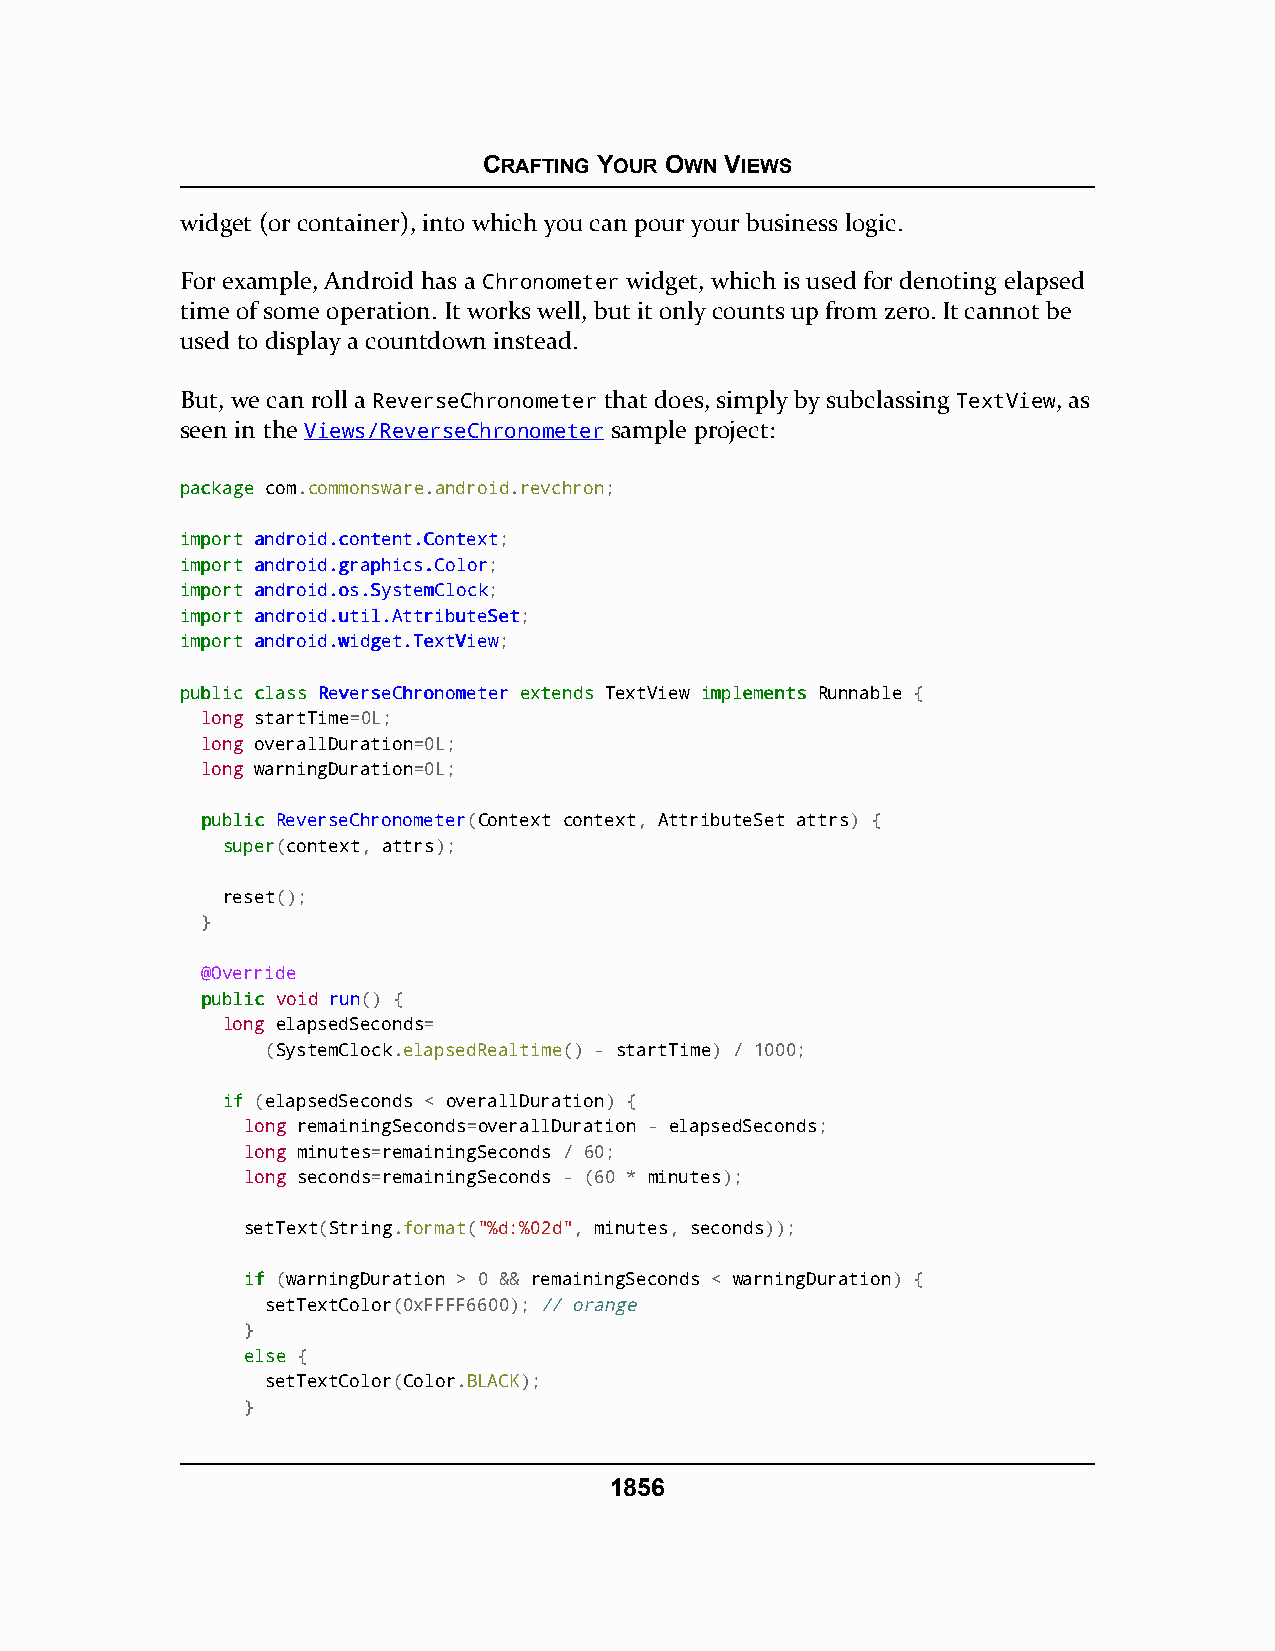
CRAFTING YOUR OWN VIEWS
 widget (or container), into which you can pour your business logic.
 For example, Android has a Chronometer widget, which is used for denoting elapsed
 time of some operation. It works well, but it only counts up from zero. It cannot be
 used to display a countdown instead.
 But, we can roll a ReverseChronometer that does, simply by subclassing TextView, as
 seen in the Views/ReverseChronometer sample project:
 ppaacckkaaggee com.commonsware.android.revchron;
 iimmppoorrtt aannddrrooiidd..ccoonntteenntt..CCoonntteexxtt;
 iimmppoorrtt aannddrrooiidd..ggrraapphhiiccss..CCoolloorr;
 iimmppoorrtt aannddrrooiidd..ooss..SSyysstteemmCClloocckk;
 iimmppoorrtt aannddrrooiidd..uuttiill..AAttttrriibbuutteeSSeett;
 iimmppoorrtt aannddrrooiidd..wwiiddggeett..TTeexxttVViieeww;
 ppuubblliicc ccllaassss RReevveerrsseeCChhrroonnoommeetteerr eexxtteennddss TextView iimmpplleemmeennttss Runnable {
 long startTime=0L;
 long overallDuration=0L;
 long warningDuration=0L;
 ppuubblliicc ReverseChronometer(Context context, AttributeSet attrs) {
 ssuuppeerr(context, attrs);
 reset();
 }
 @Override
 ppuubblliicc void run() {
 long elapsedSeconds=
 (SystemClock.elapsedRealtime() - startTime) / 1000;
 iiff (elapsedSeconds < overallDuration) {
 long remainingSeconds=overallDuration - elapsedSeconds;
 long minutes=remainingSeconds / 60;
 long seconds=remainingSeconds - (60 * minutes);
 setText(String.format("%d:%02d", minutes, seconds));
 iiff (warningDuration > 0 && remainingSeconds < warningDuration) {
 setTextColor(0xFFFF6600); // orange
 }
 eellssee {
 setTextColor(Color.BLACK);
 }
 1856